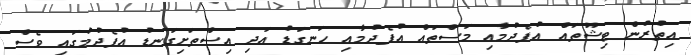
އިތުރުން ޓިޝޫތައް އުފެދުމާއި މަސްތައް އުފެދުމާއި ހަނގަޑު އަދި އިސްތަށިގަނޑު އުފެދުމުގައި ވެސް